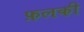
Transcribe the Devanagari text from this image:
फ़लकी